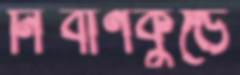
নির্বাণকুণ্ডে